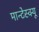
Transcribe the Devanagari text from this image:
मान्टेस्क्यू